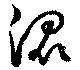
混